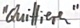
Text: "Quittieren"